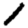
Digit: 1